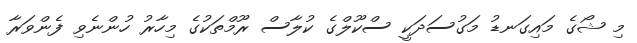
މި ޝޯގެ މައިގަނޑު މަގުސަދަކީ ސްކޫލްގެ ކުލާސް ރޫމްތަކުގެ މިހާރު ހުންނެވި ފެންވަރާ